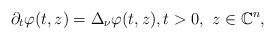
LaTeX: \begin{align*} \partial_t\varphi (t,z)=\Delta _{\nu } \varphi(t,z), t>0, \ z\in\mathbb{C}^n,\end{align*}